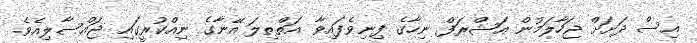
އިސް ދަށަށް ޖަހާލަމުން އަޝްރަފް ނިހާގެ ފިނިވެފައިވާ އަތްތިލަ އޭނާގެ ނިއްކުރީގައި ޖައްސާލިއެވެ.